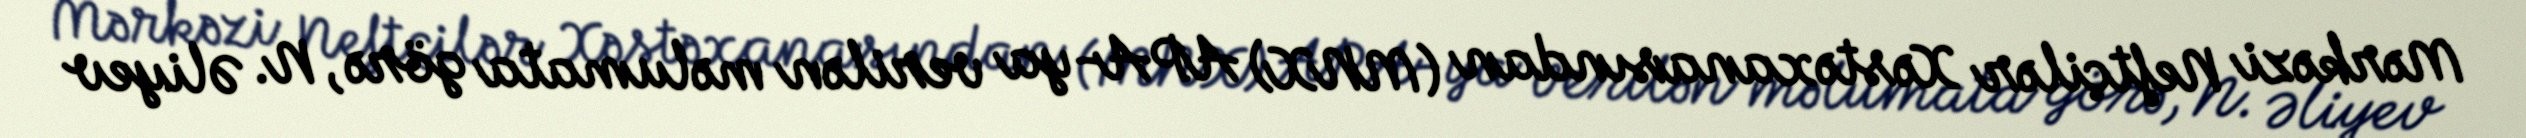
Mərkəzi Neftçilər Xəstəxanasından (MNX) APA-ya verilən məlumata görə, N. Əliyev